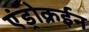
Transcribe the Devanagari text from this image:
एंड्रोक्रईन